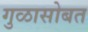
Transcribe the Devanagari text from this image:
गुळासोबत